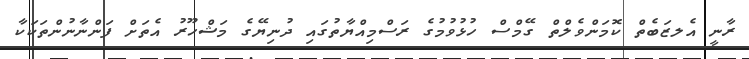
ރާނީ އެލޒަބެތް ކޮމަންވެލްތް ގޭމްސް ހުޅުވުމުގެ ރަސްމިއްޔާތުގައި ދުނިޔޭގެ މަޝްހޫރު އެތަށް ފަންނާނުންތަކަކާ